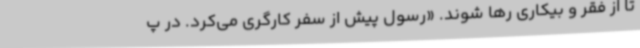
تا از فقر و بیکاری رها شوند. «رسول پیش از سفر کارگری می‌کرد. در پ